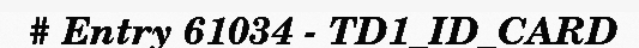
# Entry 61034 - TD1_ID_CARD